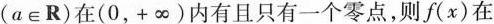
（a∈R）在（0，+∞）内有且只有一个零点，则f（x）在